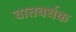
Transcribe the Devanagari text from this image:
वातवर्धक